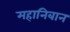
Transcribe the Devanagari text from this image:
महानिबान